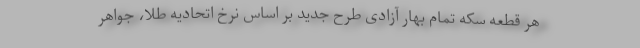
هر قطعه سکه تمام بهار آزادی طرح جدید بر اساس نرخ اتحادیه طلا، جواهر